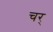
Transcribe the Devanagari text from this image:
चर्